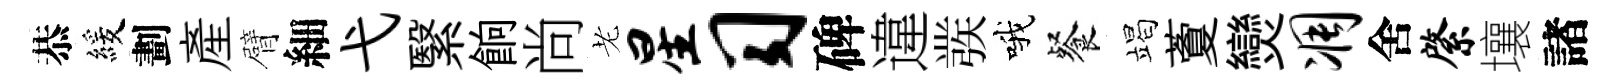
恭緩劃産臂細弋繄餉尚老星习碑違彂哦餐竭藑𤓖凋舍綮壤諸